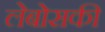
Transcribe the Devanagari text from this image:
लेबोसकी